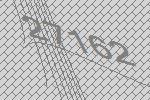
27162